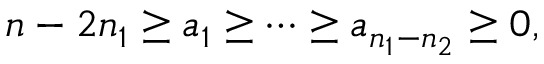
n - 2 n _ { 1 } \geq a _ { 1 } \geq \cdots \geq a _ { n _ { 1 } - n _ { 2 } } \geq 0 ,